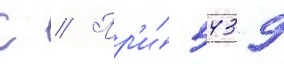
С // Пр'и́ 5439